Investigations on Bengal jail dietaries - Number 37
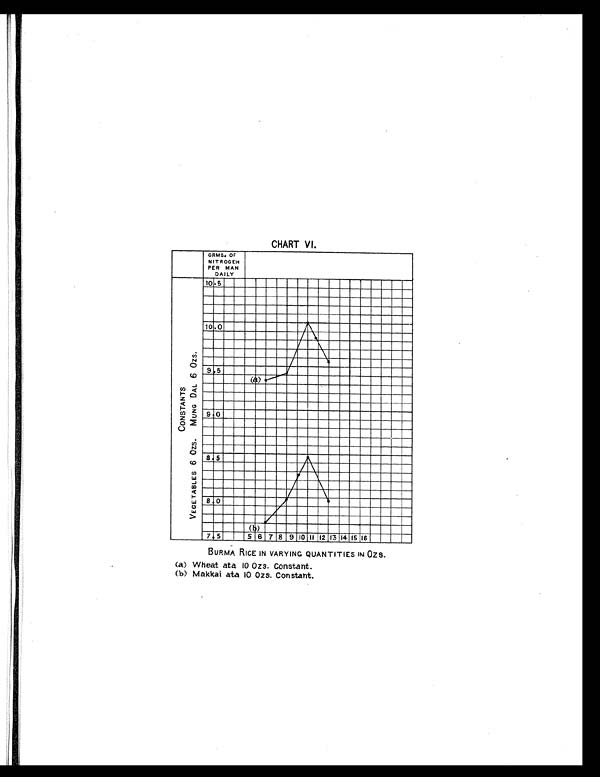
CHART VI.
BURMA RICE IN VARYINC QUANTITIES IN OZS.
(a) Wheat ata 10 Ozs. Constant.
(b) Makkai ata 10 Ozs. Constant.